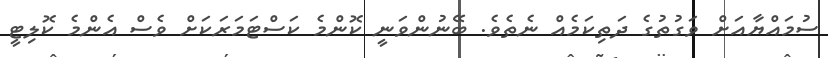
ސުމައްޔާއަށް ވަގުތުގެ ދަތިކަމެއް ނެތެވެ. ބޭނުންވަނީ ކޮންމެ ކަސްޓަމަރަކަށް ވެސް އެންމެ ކޮލިޓީ